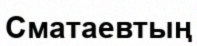
Сматаевтың